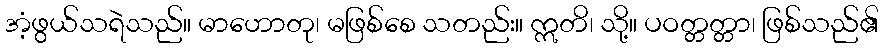
အံ့ဖွယ်သရဲသည်။ မာဟောတု၊ မဖြစ်စေ သတည်း။ ဣတိ၊ သို့။ ပဝတ္တတ္တာ၊ ဖြစ်သည်၏